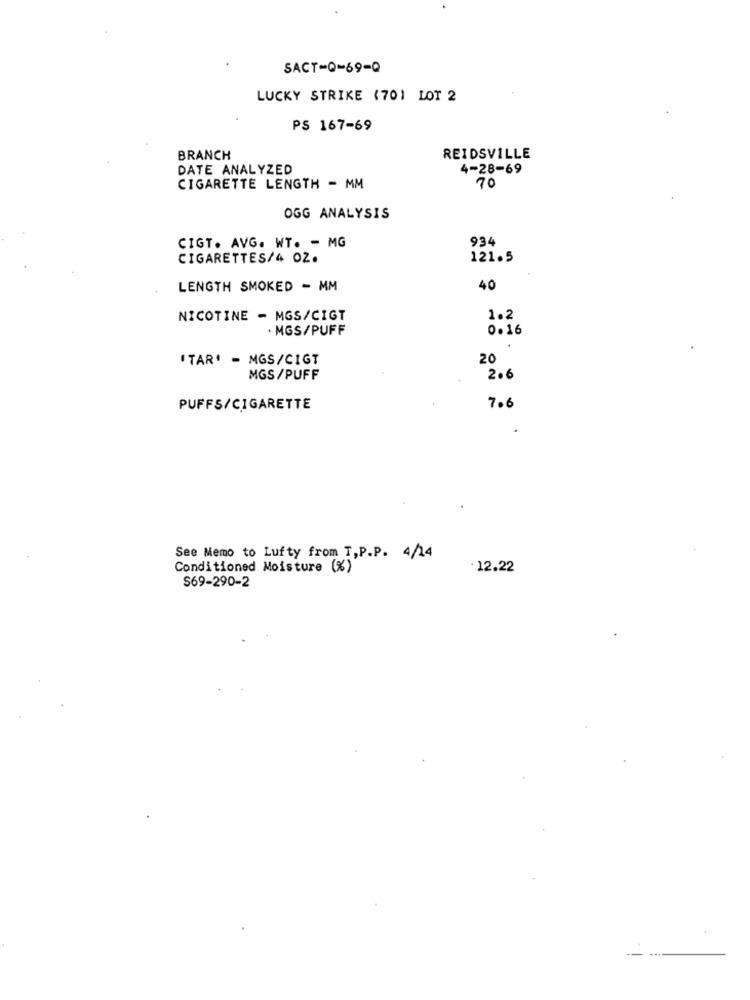
SACT-Q-69-Q
LUCKY STRIKE (701 LOT 2
PS 167-69
BRANCH
REIDSVILLE
DATE ANALYZED
4-28-69
CIGARETTE LENGTH - MM
70
OGG ANALYSIS
934
CIGT. AVG. WT. - MG
CIGARETTES/4 OZ.
121.5
LENGTH SMOKED - MM
40
NICOTINE - MGS/CIGT
1.2
· MGS/PUFF
0.16
'TAR' - MGS/CIGT
20
MGS/PUFF
2.6
PUFFS/CIGARETTE
7.6
See Memo to Lufty from T,P.P. 4/14
Conditioned Moisture (%)
12.22
S69-290-2